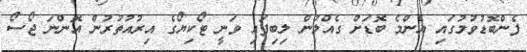
ފެންބޮޑުވުމުގައި އެންމެ ބޮޑަށް ގެއްލުން ލިބިފައި ވަނީ ޓޯކިޔޯގެ އިރުއުތުރުން އޮންނަ ޖޯސޯ